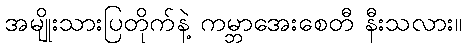
အမျိုးသားပြတိုက်နဲ့ ကမ္ဘာအေးစေတီ နီးသလား။